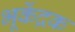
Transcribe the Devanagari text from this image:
भूकेंद्रक